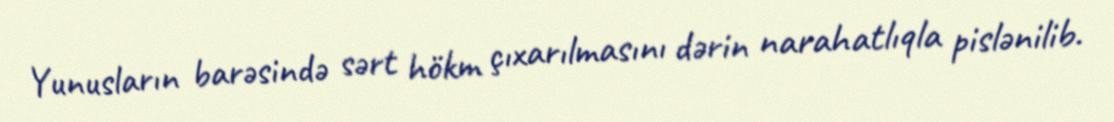
Yunusların barəsində sərt hökm çıxarılmasını dərin narahatlıqla pislənilib.